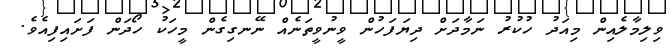
ވިލިމާލެއިން މިއަދު ހުކުރު ނަމާދަށް ދިޔަފަހުން ވީނުވީތަނެއް ނޭނގިގެން މީހަކު ހޯދަން ފަށައިފިއެވެ.